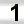
Digit: 1